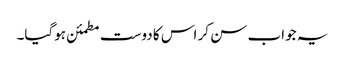
یہ جواب سن کر اس کا دوست مطمئن ہوگیا۔